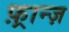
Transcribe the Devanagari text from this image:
फ़्रान्ज़